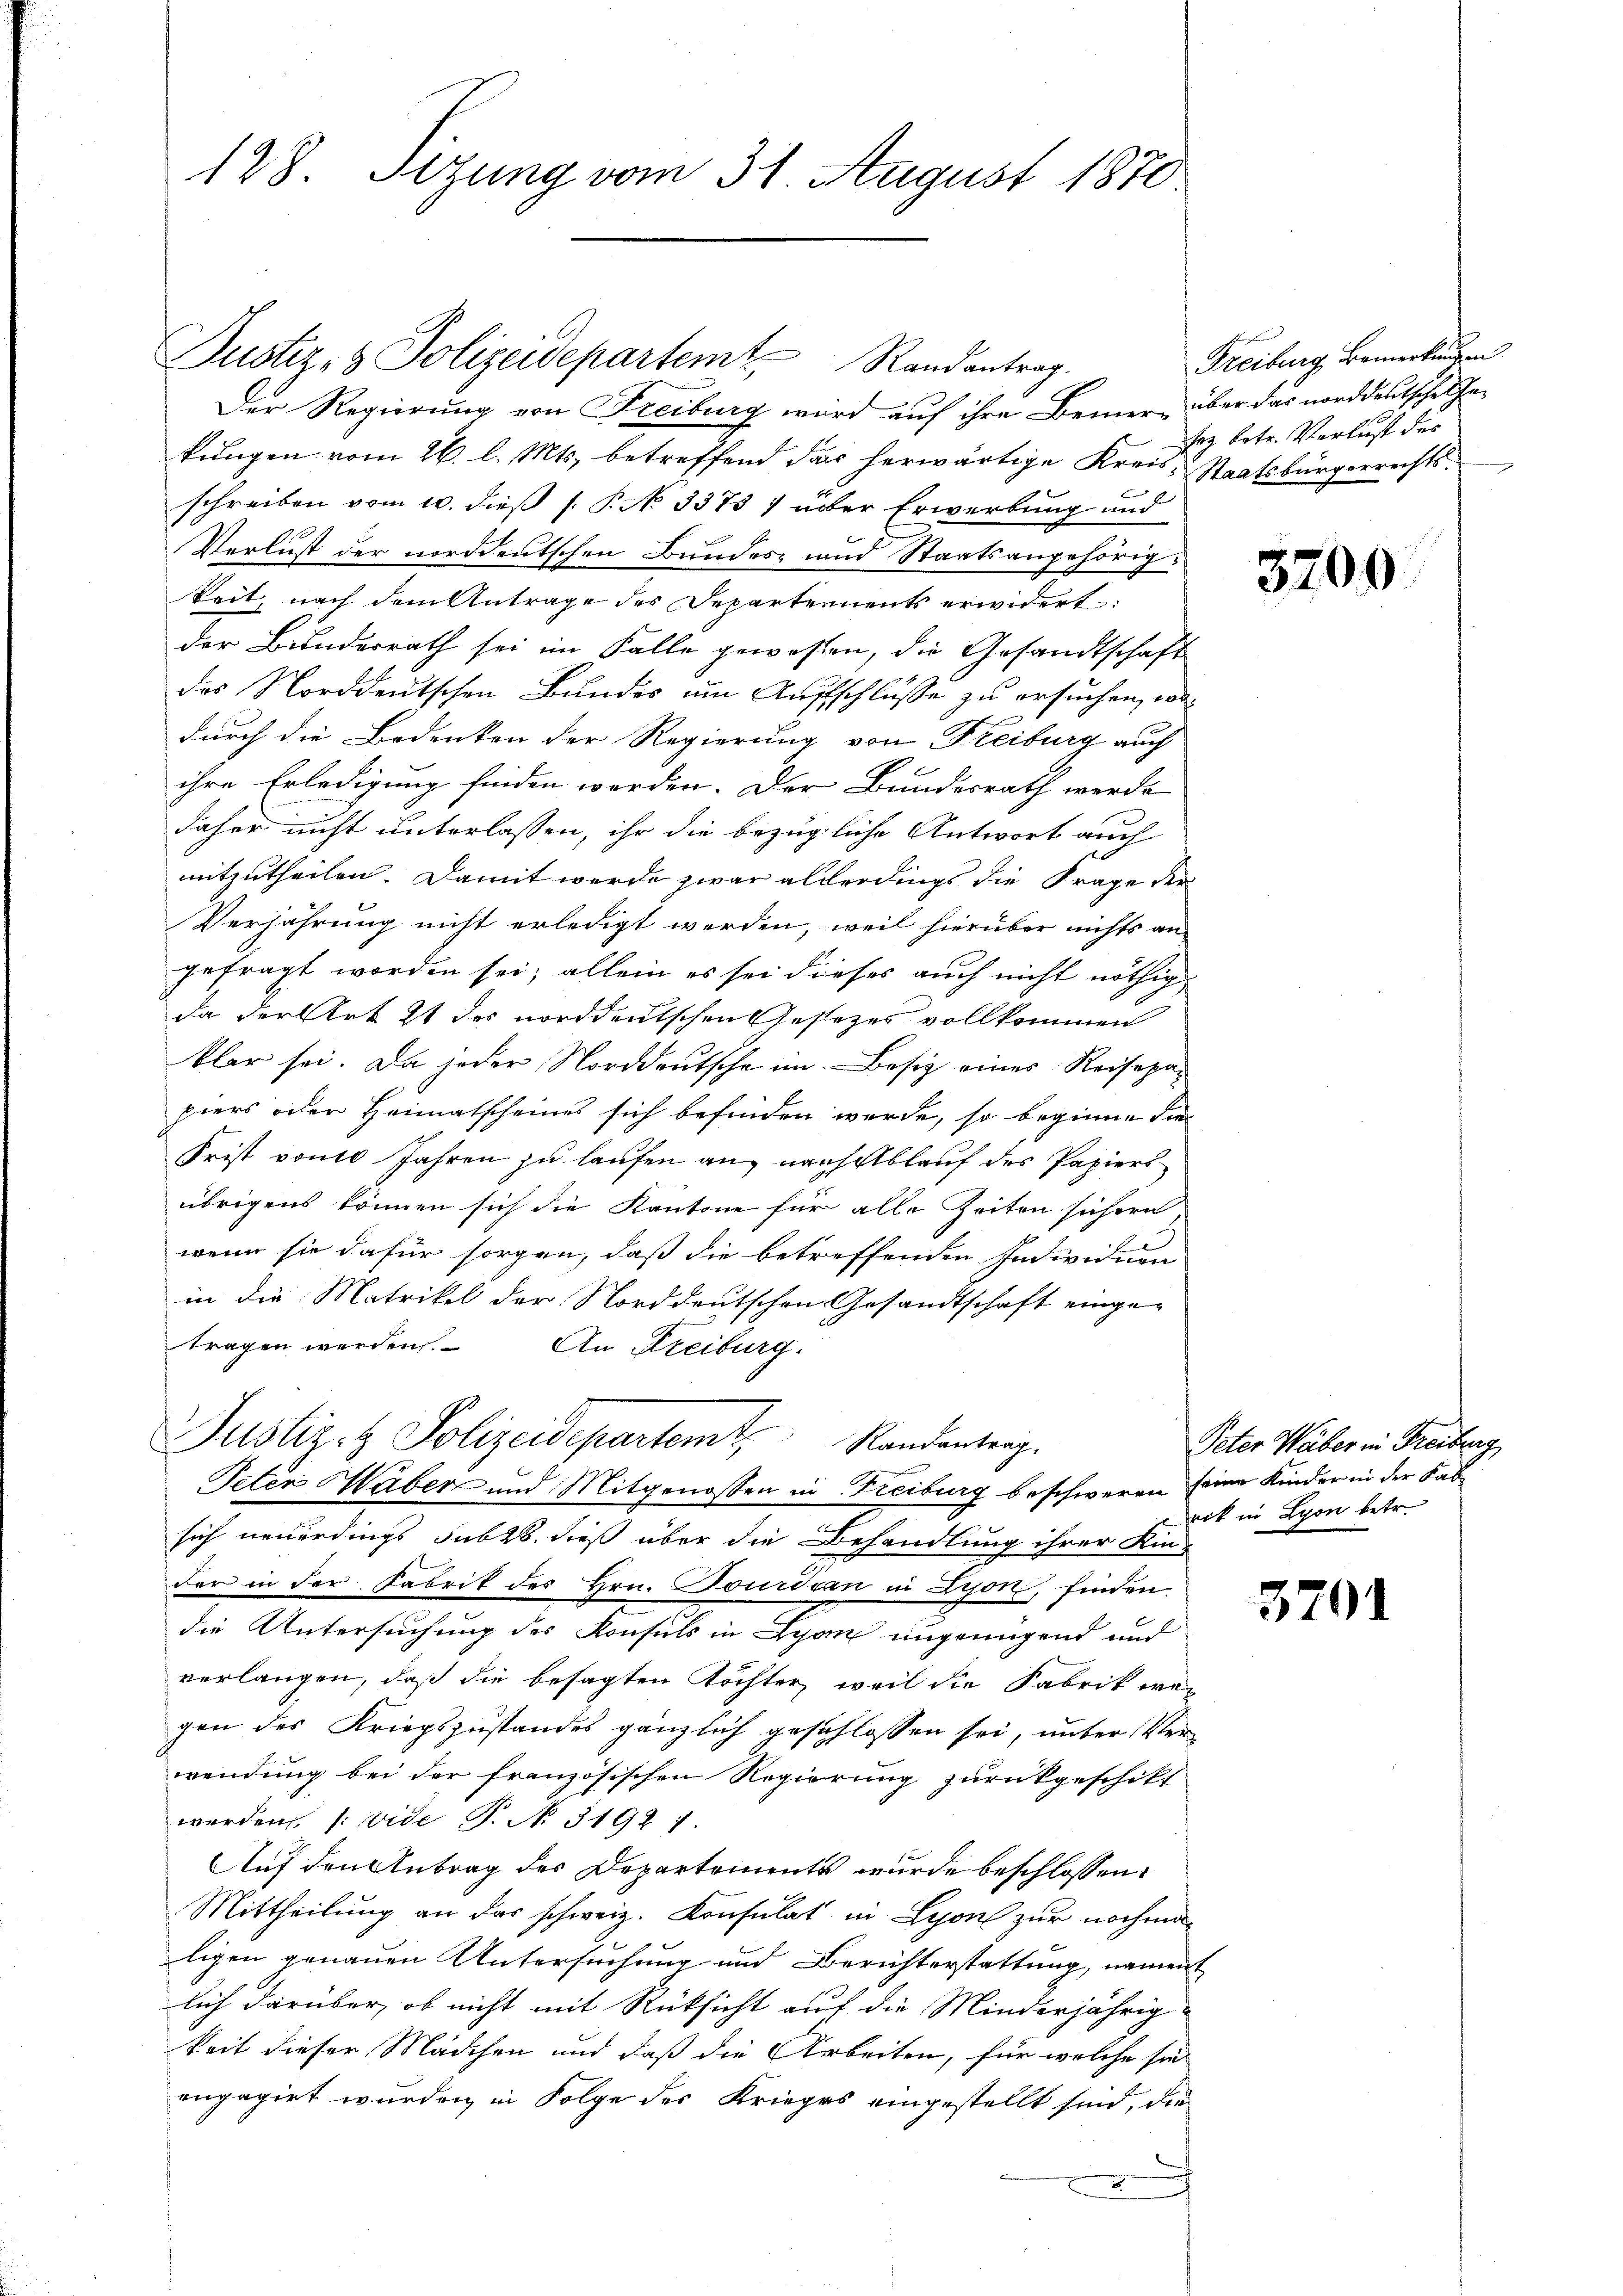
128. Sizung vom 31. August 1870

Justiz- & Polizeidepartemt, Randantrag.
Der Regierung von Freiburg wird auf ihre Bemer- über das norddeutsches Gekungen vom 26. l. Mts. betreffend das herwärtige Kreis- Staatsbürgerrechts-
schreiben vom 10. dieß P. P. N. 3375 7 über Erwerbung und
Verlust der norddeutschen Bundes- und Staatsangehörigkeit nach dem Antrage des Departements erwidert:
der Bundesrath sei im Falle gewassen, die Gesandtschaft
des Norddeutschen Bundes um Aufschlüsse zu ersuchen, wodurch die Bedenken der Regierung von Freiburg auch
ihre Erledigung finden werden. Der Bundesrath werde
daher nicht unterlassen, ihr die bezügliche Antwort auch
mitzutheilen. Damit werde zwar allerdings die Frage der
Verjährung nicht erledigt werden, weil hierüber nichts an
gefragt worden sei; allein es sei dieses auch nicht nöthig
da der Art 21 des norddeutschen Gesezes vollkommen
klar sei. Da jeder Norddeutsche im Besitz eines Reisepapiers oder Heimatscheines sich befinden wurde, so beginne die
Frist vom 10 Jahren zu laufen an, nach Ablauf des Papiers
übrigens können sich die Kantone für alle Zeiten sichern
1
wenn sie dafür sorgen, daß die betreffenden Individuen
in die Matrikel der Norddeutschen Gesandtschaft eingetragen werden. An Freiburg.
Justiz- & Polizeidepartemt, Randanterg
Peten Haber und Mitgenossen in Freiburg beschweren seine Kinder in der Fabsich neuerdings sub 28. dieß über die Behandlung ihrer Kin-
der in der Fabrik des Hrn. Jourdan in Lyon, finden
die Untersuchung des Konsuls in Lyon ungenügend und
verlangen, daß die besagten Töchter, weil die Fabrik wegen des Kriegszustandes gänzlich geschlossen sei, unter Verwendung bei der französischen Regierung zurückgeschikt
werden /: vide P. No. 31921.
Auf den Antrag des Departements wurde beschlossen:
Mittheilung an das schweiz. Konsulat in Lyon zur nochmaligen genauen Untersuchung und Berichterstattung, nament
lich darüber, ob nicht mit Rücksicht auf die Minderjährigkeit dieser Mädchen und daß die Arbeiten, für welche sie
engagirt wurden, in Folge des Krieges eingestellt sind, die

Freiburg Bemerkungen
sez betr. Verlust des

3700

Peter Haber in Freiburg
rik in Lyon betr.

3701